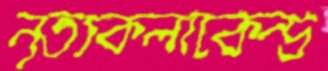
নৃত্যকলাকেন্দ্র